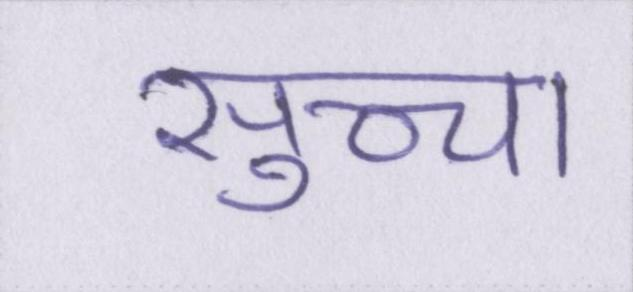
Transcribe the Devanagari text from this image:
सुच्चा